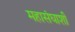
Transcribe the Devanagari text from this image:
महासंघाशी